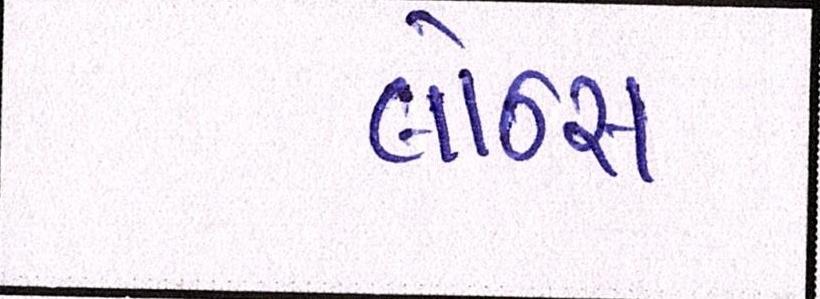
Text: લૉન્ચ